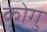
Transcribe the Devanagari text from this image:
कोगु